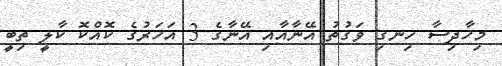
މިހާދިސާ ހިނގި ވަގުތު އޭނާއާއި އޭނާގެ 3 އަހަރުގެ ކޮއްކޮ ކާލީ ތިބީ